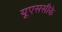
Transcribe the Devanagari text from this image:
यूएससीके